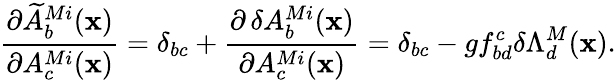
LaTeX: {\frac{\partial\widetilde{A}_{b}^{Mi}({\mathbf x})}{\partial A_{c}^{Mi}({\mathbf x})}}=\delta_{bc}+{\frac{\partial\, \delta A_{b}^{Mi}({\mathbf x})}{\partial A_{c}^{Mi}({\mathbf x})}}=\delta_{bc}-gf_{bd}^{c}\delta\Lambda_{d}^{M}({\mathbf x}).